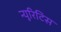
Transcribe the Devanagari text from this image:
न्यूरिटिस